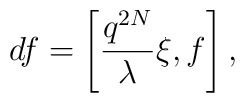
df=\left[\frac{q^{2N}}{\lambda }\xi, f\right],~~~